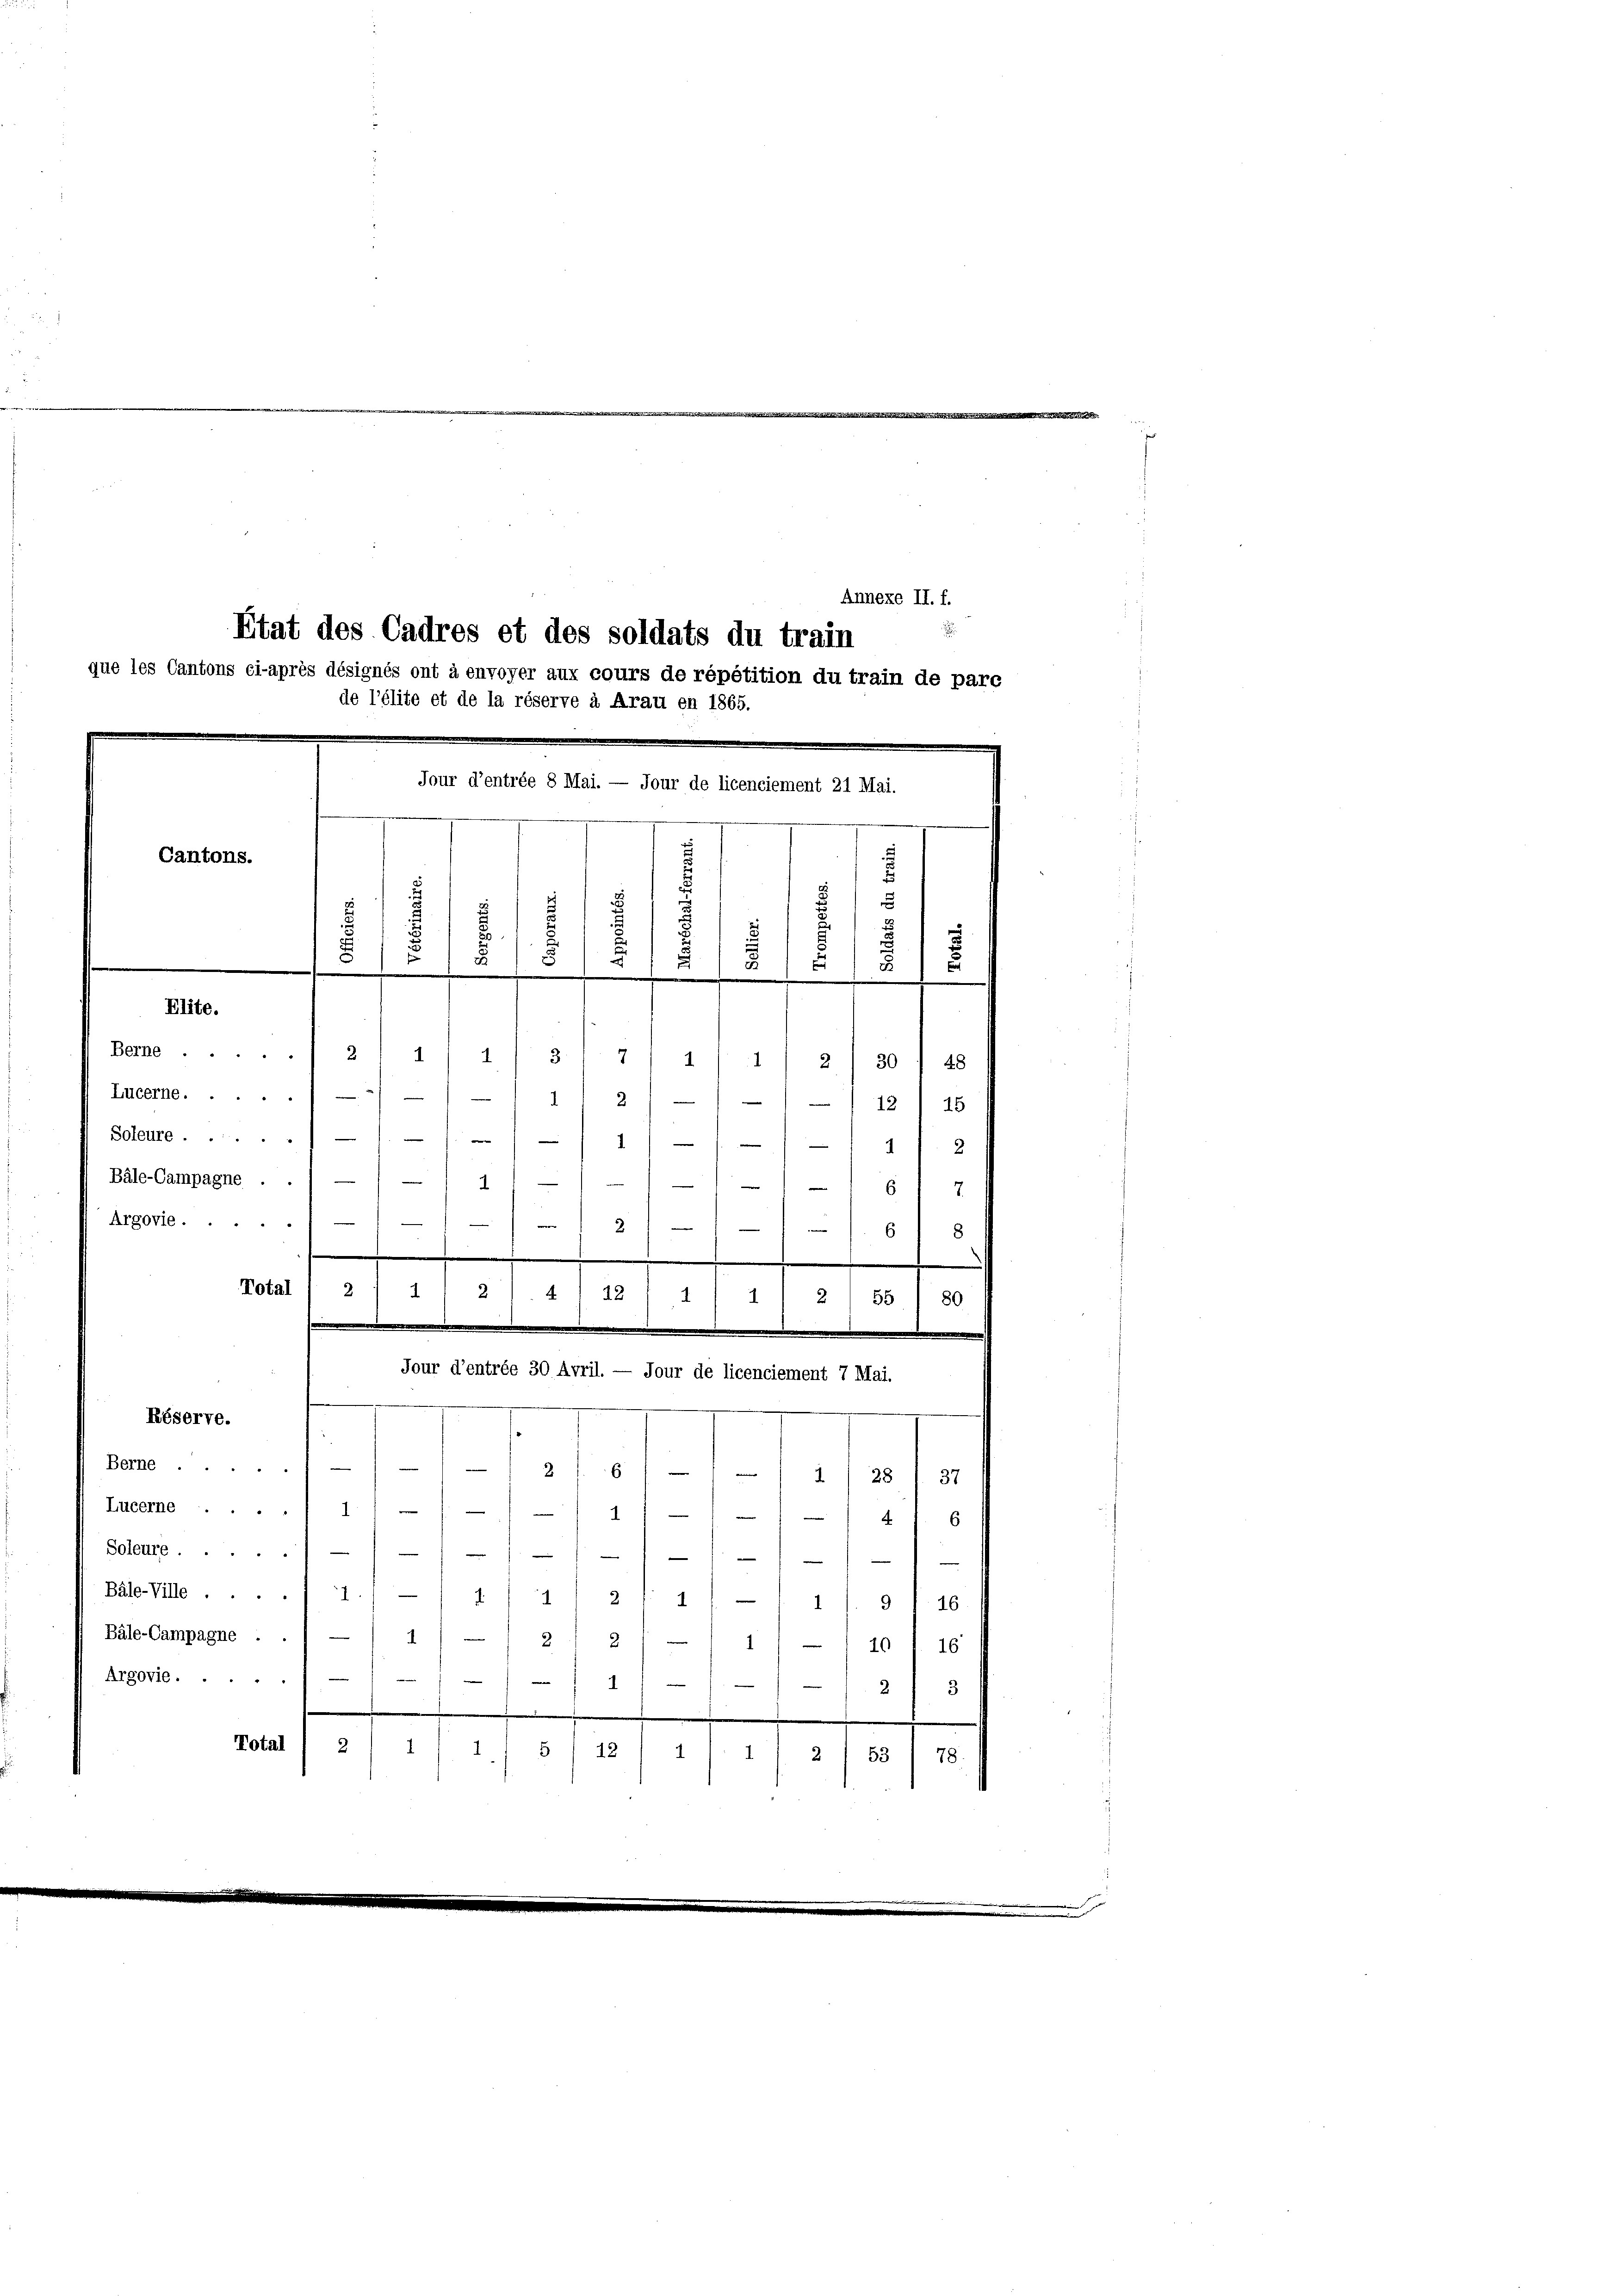
Etat des Cadres et des soldats du train
que les Cantons ci-après désignés ont à envoyer aux cours de répétition du train de pare
de l’élite et de la réserve à Arau en 1865.

Jour d’entrée 8 Mai. — Jour de licenciement 21 Mai.
.
3

Annexe II. f.
v
s
e
u
u
¬
8
.
.
s
2
i
2
1
2/4/4
3
7
1.
.
2/30 f 48
Lucerne. - 111 21 — 11 - 12) 15

Cantons.
Elite.
Berne ...
Soleure ....
1)
4 f 2
Bäle-Campagne
21
—
67
/

s
Argovie
2
e
in |
68
Total
21 55
80
Jour d’entrée 30 Avril. — Jour de licenciement 7 Mai.
Réserve.
Berne
2
61// 11 28 1 37
Lucerne 1///-11/-1// 47. 6

Soleure
)
Balo-Ville ... 7./11/11 2 f 11 - 11). 91. 16.
Bäle-Campagne . . / — 1 1/ — 1 2/ 21 — 1 1/ — / 10 l 16
Argovie
4
2) 3
Total
2
.
5) 12
1
1
2
53
78.

.
2
d) 2). 4122 1/2